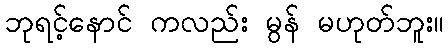
ဘုရင့်နောင် ကလည်း မွန် မဟုတ်ဘူး။